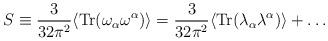
LaTeX: \begin{align*}S \equiv \frac{3}{32 \pi^2} \langle {\rm Tr} (\omega_{\alpha} \omega^{\alpha}) \rangle = \frac{3}{32 \pi^2} \langle {\rm Tr} (\lambda_{\alpha} \lambda^{\alpha}) \rangle + \ldots\end{align*}